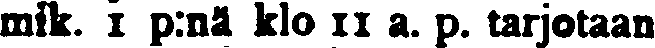
mik. 1 p:nä klo 11 a. p. tarjotaan